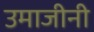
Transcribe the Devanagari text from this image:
उमाजीनी